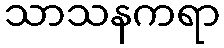
သာသနကရာ